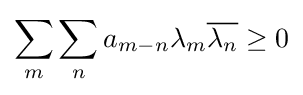
\sum _{m}\sum _{n}a_{m-n}\lambda _{m}{\overline {\lambda _{n}}}\geq 0